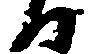
る